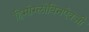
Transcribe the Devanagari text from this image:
हिमोग्लोबिनऐवजी